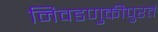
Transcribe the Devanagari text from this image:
निवडणुकीपुरतं